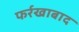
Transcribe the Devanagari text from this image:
फर्रखाबाद